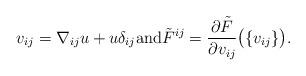
LaTeX: \begin{align*}v_{ij}=\nabla_{ij}u+u\delta_{ij}\textrm{and}\tilde{F}^{ij}=\frac{\partial \tilde F}{\partial v_{ij}}\big(\{v_{ij}\}\big).\end{align*}